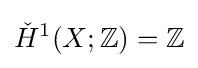
{\check {H}}^{1}(X;\mathbb {Z} )=\mathbb {Z}